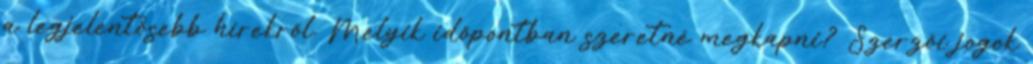
a legjelentősebb hírekről. Melyik időpontban szeretné megkapni? Szerzői jogok